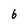
Character: 6